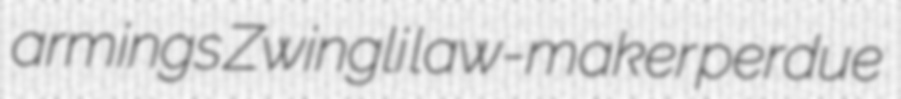
armings Zwingli law-maker perdue